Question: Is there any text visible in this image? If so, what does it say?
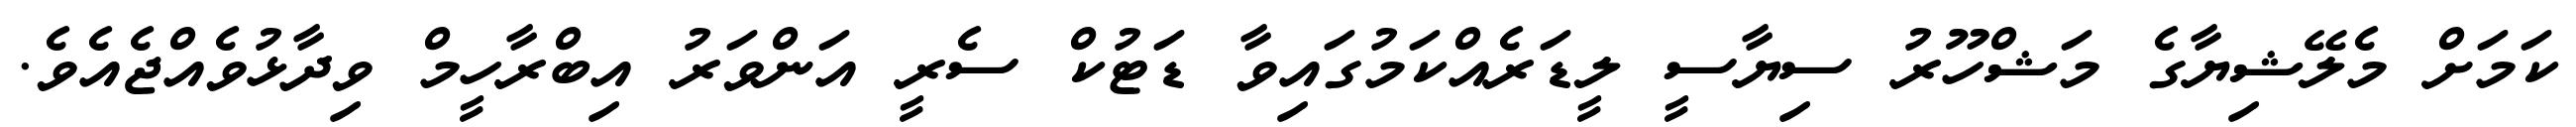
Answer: ކަމަށް މެލޭޝިޔާގެ މަޝްހޫރު ސިޔާސީ ލީޑަރެއްކަމުގައިވާ ޑަޓުކް ސެރީ އަންވަރު އިބްރާހީމް ވިދާޅުވެއްޖެއެވެ.